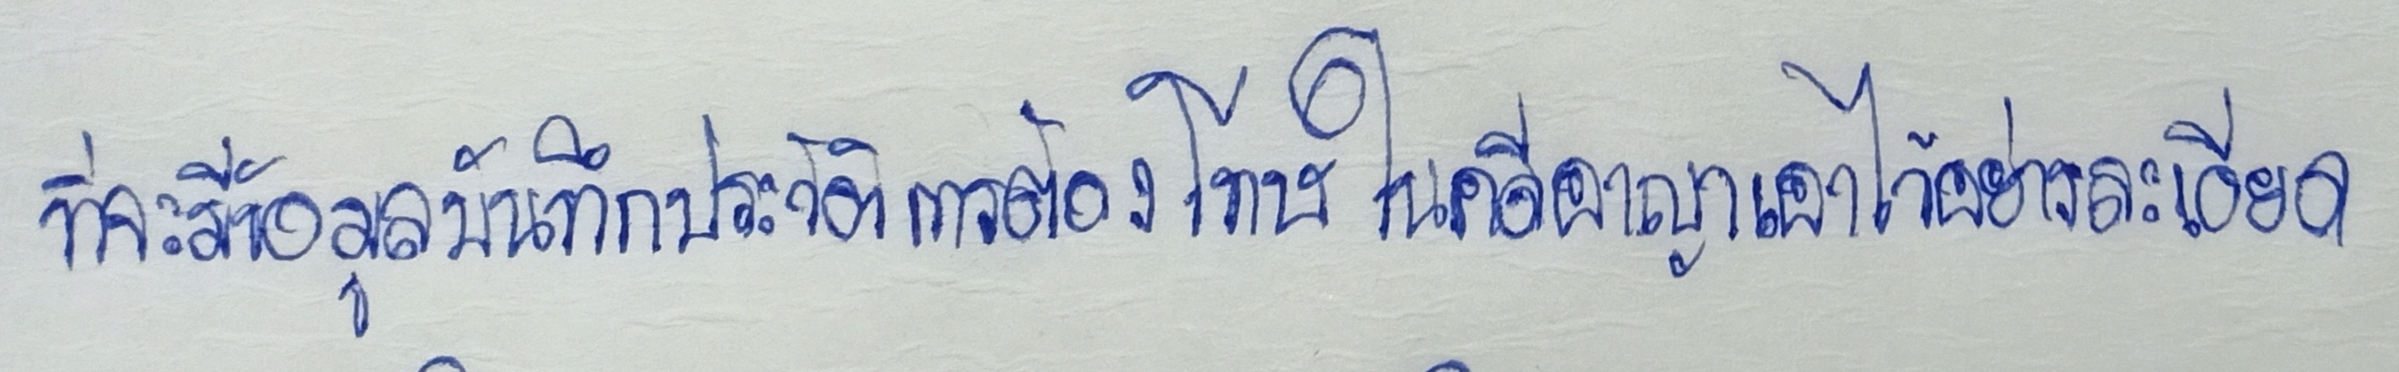
ที่จะมีข้อมูลบันทึกประวัติการต้องโทษในคดีอาญาเอาไว้อย่างละเอียด